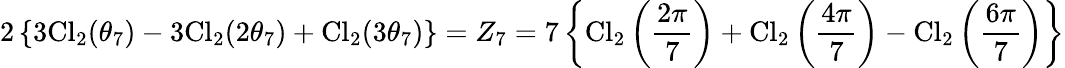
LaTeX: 2\left\{ 3\mathrm{Cl}_{2}(\theta_{7})-3\mathrm{Cl}_{2}(2\theta_{7})+\mathrm{Cl}_{2}(3\theta_{7})\right\} =Z_{7}=7\left\{ \mathrm{Cl}_{2}\left(\frac{2\pi}{7}\right)+\mathrm{Cl}_{2}\left(\frac{4\pi}{7}\right)-\mathrm{Cl}_{2}\left(\frac{6\pi}{7}\right)\right\}